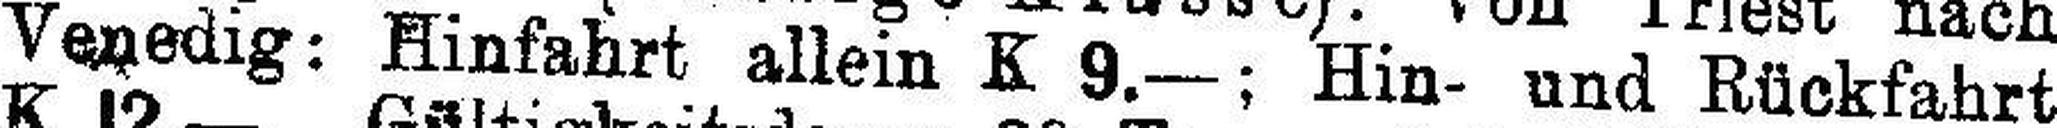
Venedig: Hinfahrt allein K 9.—; Hin- und Rückfahrt